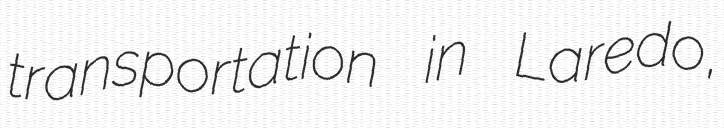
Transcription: transportation in Laredo,